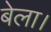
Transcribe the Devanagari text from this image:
बेला।